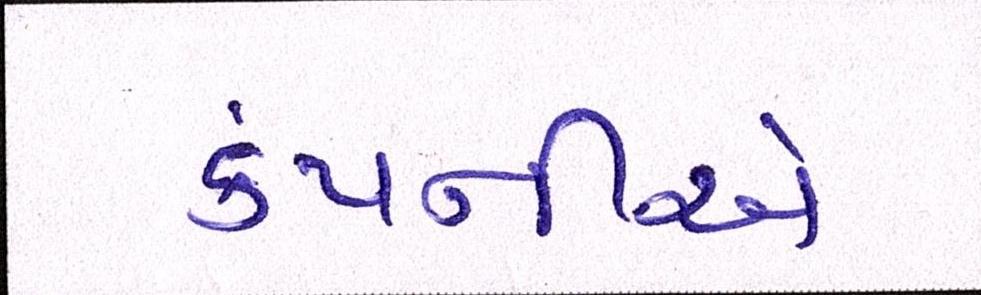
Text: કંપનીએ